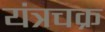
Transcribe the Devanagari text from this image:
यंत्रचक्र